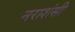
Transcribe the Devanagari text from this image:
नराशंसी